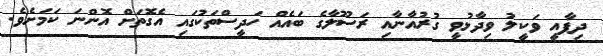
ދިފާއީ ވަކީލު ވިދާޅުވީ ގުރުއާނާއި ރަސޫލާގެ ބައެއް ހަދީސްތަކުގައި އެގޮތަށް އޮންނަ ކަމަށެވެ.